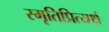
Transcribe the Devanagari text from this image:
स्मृतिप्रित्यर्थ